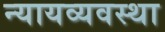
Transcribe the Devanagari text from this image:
न्‍यायव्‍यवस्‍था